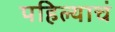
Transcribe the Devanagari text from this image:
पहिल्याचं